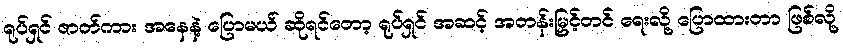
ရုပ်ရှင် ဇာတ်ကား အနေနဲ့ ပြောမယ် ဆိုရင်တော့ ရုပ်ရှင် အဆင့် အတန်းမြှင့်တင် ရေးလို့ ပြောထားတာ ဖြစ်လို့